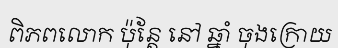
ពិភពលោក ប៉ុន្តែ នៅ ឆ្នាំ ចុងក្រោយ